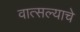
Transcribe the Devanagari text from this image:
वात्सल्याचे